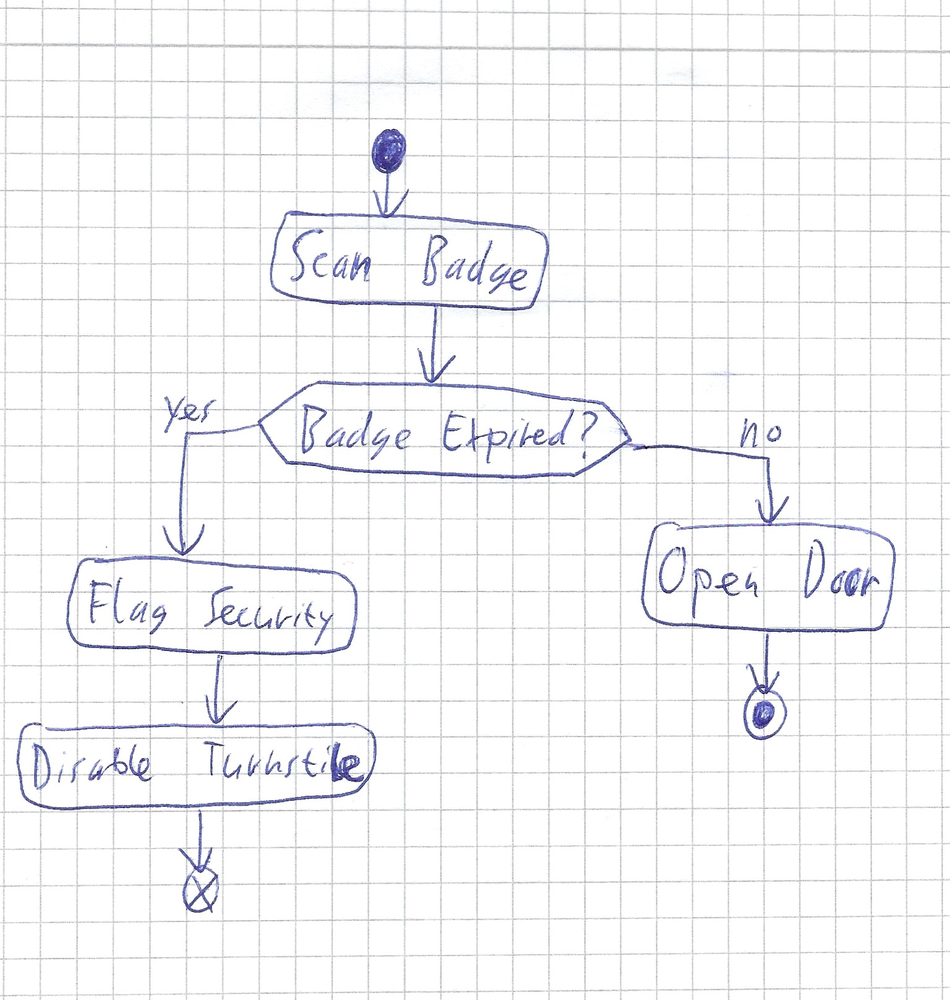
Diagram type: activity_diagram
```plantuml
@startuml

start
:Scan Badge;
if (Badge Expired?) then (yes)
  :Flag Security;
  :Disable Turnstile;
  end
else (no)
  :Open Door;
endif
stop

@enduml
```